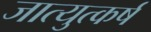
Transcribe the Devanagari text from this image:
जात्युत्कर्ष